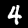
Label: 4